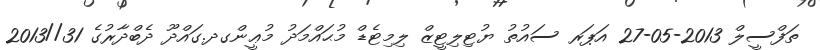
ތަފްސީލް 2013-05-27 އަޕަރ ސައުތު ޔުޓިލިޓީޒް ލިމިޓެޑް މުޙައްމަދު މުޢީންގދ.ގައްދޫ ދެބްދާރުގެ 31//2013